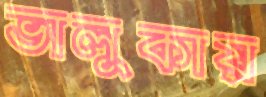
ভালুকায়